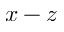
x - z